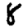
Digit: 8